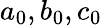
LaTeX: a_{0},b_{0},c_{0}